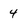
Character: 4